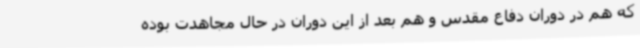
که هم در دوران دفاع مقدس و هم بعد از این دوران در حال مجاهدت بوده